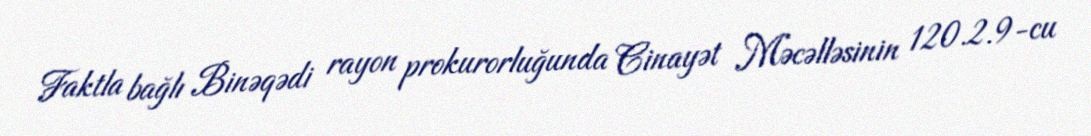
Faktla bağlı Binəqədi rayon prokurorluğunda Cinayət Məcəlləsinin 120.2.9-cu